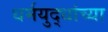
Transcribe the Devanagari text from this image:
धर्मयुद्धांच्या